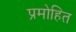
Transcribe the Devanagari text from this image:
प्रमोहित